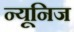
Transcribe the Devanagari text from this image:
न्यूनिज